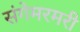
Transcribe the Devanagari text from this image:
संगेमरमरी